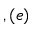
, ( e )